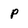
Character: P